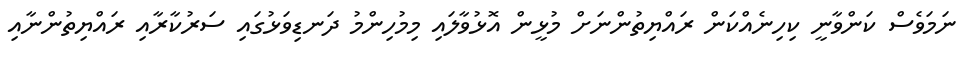
ނަމަވެސް ކަންވާނީ ކިހިނެއްކަން ރައްޔިތުންނަށް މުޅީން އޮޅުވާލައި މިމުހިންމު ދަނޑިވަޅުގައި ސަރުކާރާއި ރައްޔިތުންނާއި